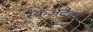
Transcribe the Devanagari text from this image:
स्क्रूअटैक